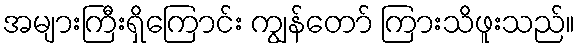
အများကြီးရှိကြောင်း ကျွန်တော် ကြားသိဖူးသည်။